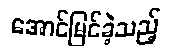
အောင်မြင်ခဲ့သည့်